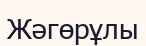
Жәгөрұлы